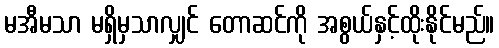
မအီမသာ မရှိမှသာလျှင် တောဆင်ကို အစွယ်နှင့်ထိုးနိုင်မည်။